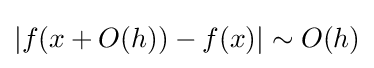
|f(x+O(h))-f(x)|\sim O(h)